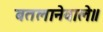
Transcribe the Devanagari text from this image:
बतलानेवाले॥